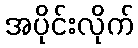
အပိုင်းလိုက်